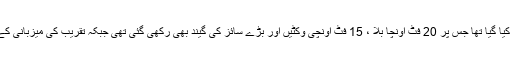
واضح رہے کہ پی ایس ایل کی اختتامی تقریب کیلئے بڑا سٹیج تیار کیا گیا تھا جس پر 20 فٹ اونچا بلا ، 15 فٹ اونچی وکٹیں اور بڑے سائز کی گیند بھی رکھی گئی تھی جبکہ تقریب کی میزبانی کے فرائض اداکار احمد بٹ اور اداکارہ عائشہ عمر نے سر انجام دیے۔